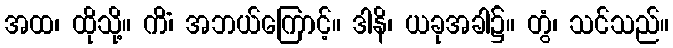
အထ၊ ထိုသို့။ ကိံ၊ အဘယ်ကြောင့်။ ဒါနိ၊ ယခုအခါ၌။ တွံ၊ သင်သည်။